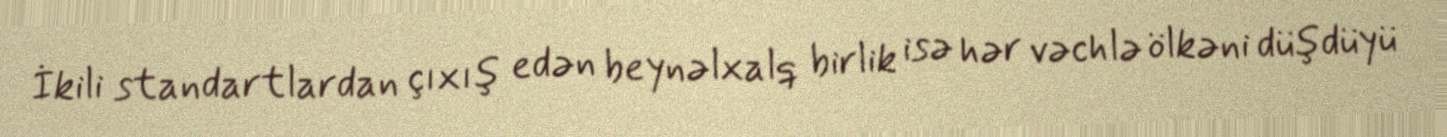
İkili standartlardan çıxış edən beynəlxalq birlik isə hər vəchlə ölkəni düşdüyü